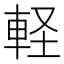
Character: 軽